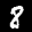
Label: 8